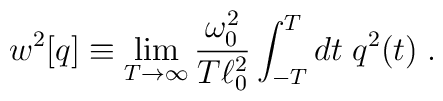
w^2[q] \equiv \lim_{T \rightarrow \infty} {\omega_0^2 \over T \ell_0^2} \int_{-T}^T dt \; q^2(t) \; .